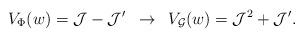
LaTeX: \begin{align*}V_{\Phi}(w) = {\cal J} - {\cal J}' \,\,\,\rightarrow\,\,\, V_{{\cal G}}(w) = {\cal J}^2 + {\cal J}'.\end{align*}